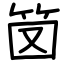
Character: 笝